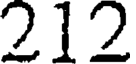
212